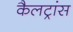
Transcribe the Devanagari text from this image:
कैलट्रांस